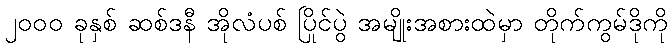
၂၀၀၀ ခုနှစ် ဆစ်ဒနီ အိုလံပစ် ပြိုင်ပွဲ အမျိုးအစားထဲမှာ တိုက်ကွမ်ဒိုကို